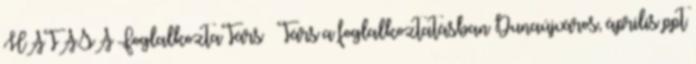
HATÁSA FoglalkoztaTárs – Társ a foglalkoztatásban Dunaújváros, április ppt